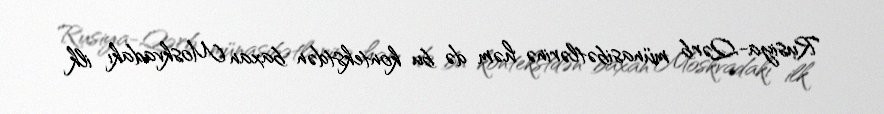
Rusiya-Qərb münasibətlərinə həm də bu kontekstdən baxan Moskvadakı ilk